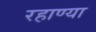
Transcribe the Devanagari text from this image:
रहाण्या